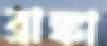
ব্রাঙ্কা